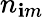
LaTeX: n_{\mathbf{i}m}